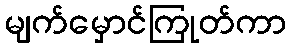
မျက်မှောင်ကြုတ်ကာ